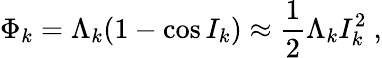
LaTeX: \Phi_{k}=\Lambda_{k}(1-\cos I_{k})\approx\frac{1}{2}\Lambda_{k}I_{k}^{2}\ ,